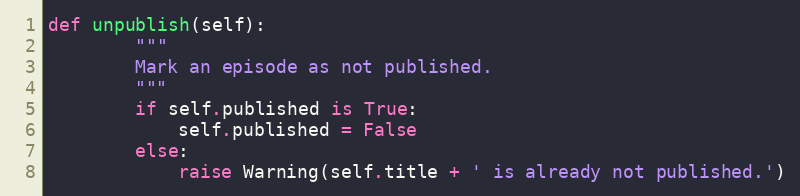
Language: Python
def unpublish(self):
        """
        Mark an episode as not published.
        """
        if self.published is True:
            self.published = False
        else:
            raise Warning(self.title + ' is already not published.')